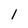
Character: 1